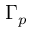
\Gamma _ { p }